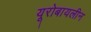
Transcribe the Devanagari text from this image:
यूरोबायलीन